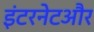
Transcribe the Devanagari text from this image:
इंटरनेटऔर